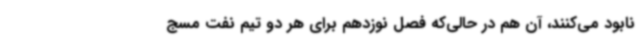
نابود می‌کنند، آن هم در حالی‌که فصل نوزدهم برای هر دو تیم نفت مسج